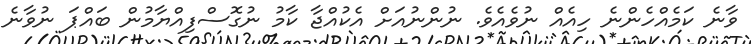
ވާނެ ކަމެއްހެންނެ ހިއެއް ނުވެއެވެ. ނުންނުއަށް އެކުއްޖާ ކާމު ނުގޮސްފިއްޔާމުން ބައްޕަ ނުވާނެ